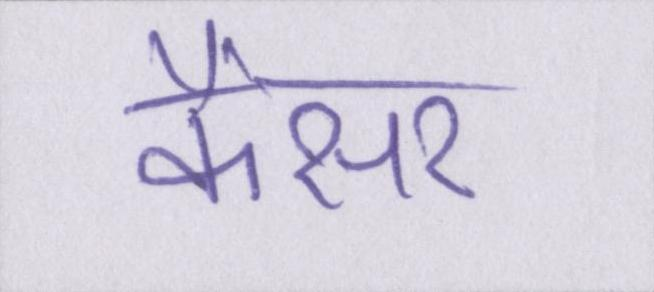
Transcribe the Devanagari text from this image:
कैंसर